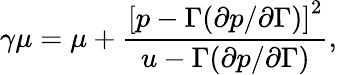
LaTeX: \gamma\mu=\mu+\frac{\left[p-\Gamma(\partial p/\partial\Gamma)\right]^{2}}{u-\Gamma(\partial p/\partial\Gamma)},